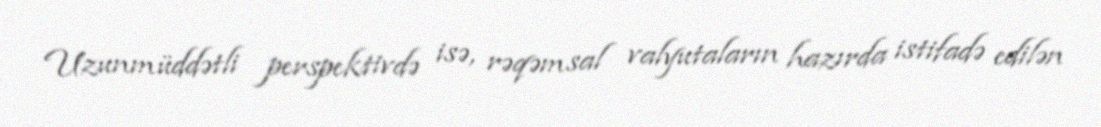
Uzunmüddətli perspektivdə isə, rəqəmsal valyutaların hazırda istifadə edilən